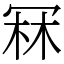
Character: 冧